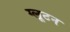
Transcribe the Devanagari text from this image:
ग्लूटन